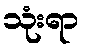
သုံးရာ